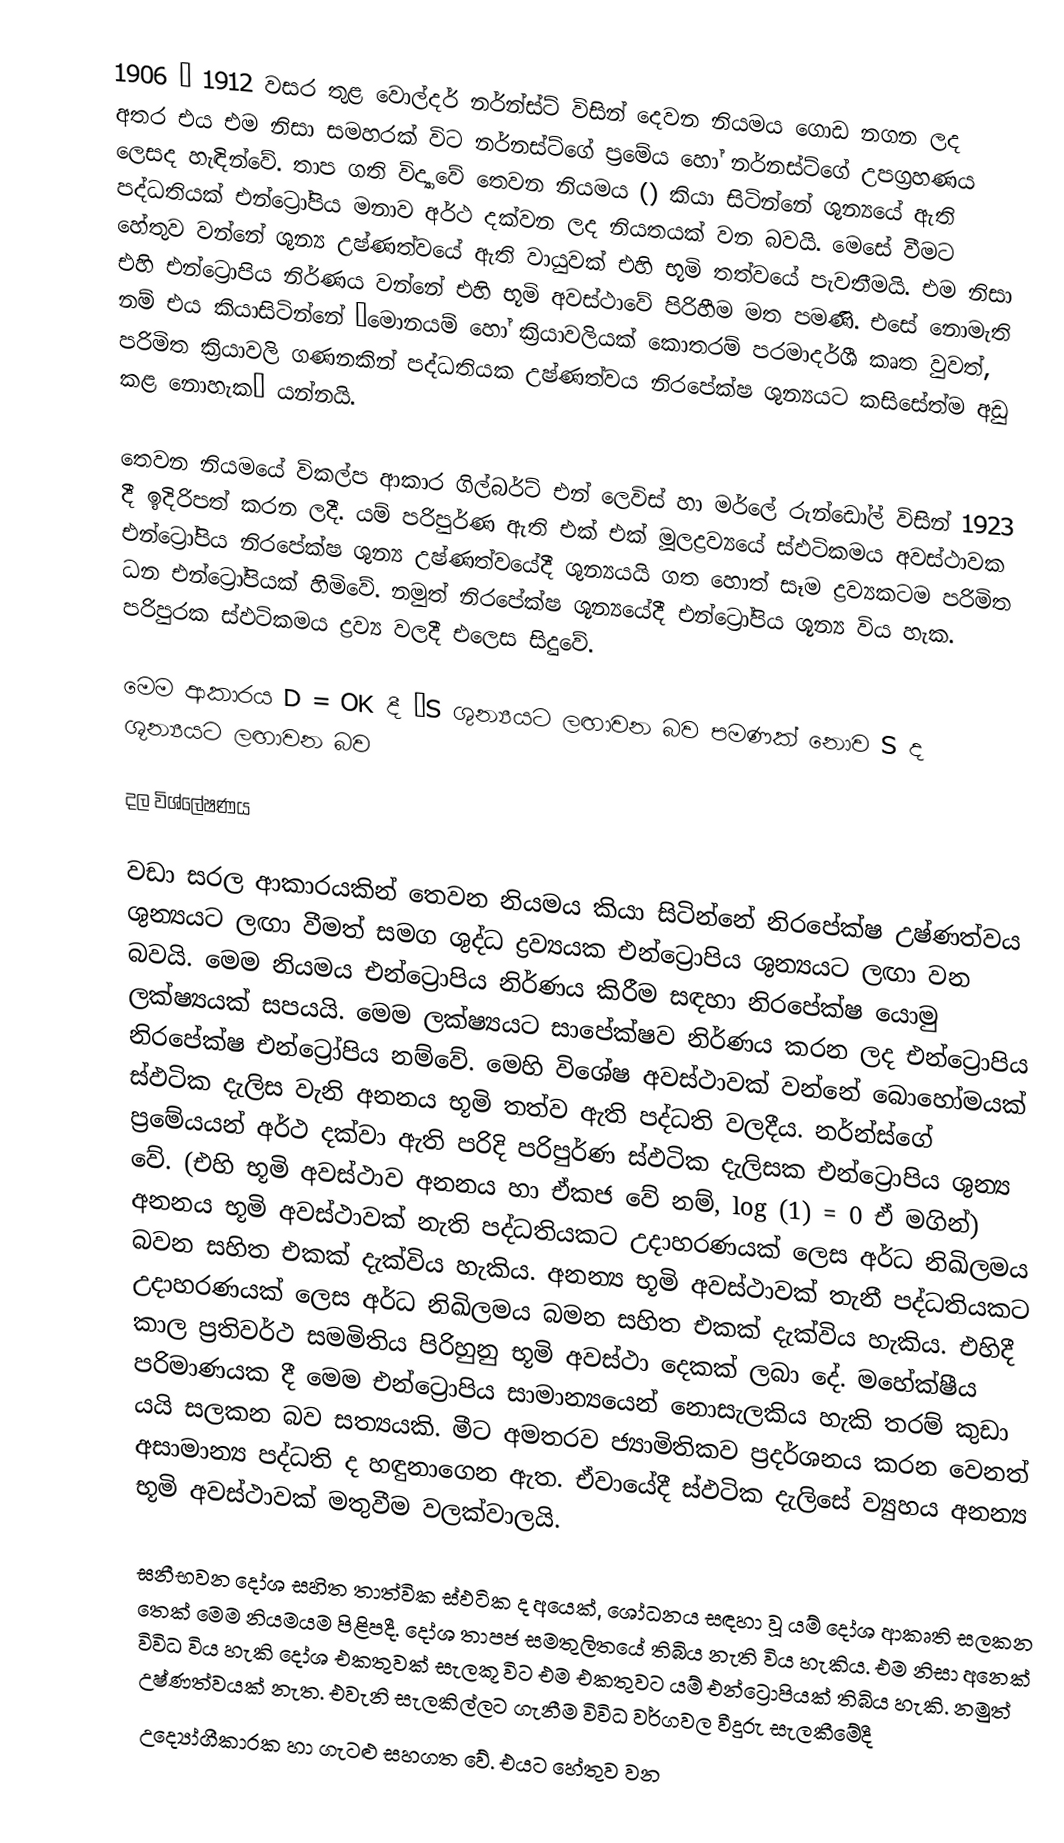
1906 – 1912 වසර තුළ වොල්දර් නර්න්ස්ට් විසින් දෙවන නියමය ගොඩ නගන ලද අතර එය එම නිසා සමහරක් විට නර්නස්ට්ගේ ප්‍රමේය හෝ නර්නස්ට්ගේ උපග්‍රහණය ලෙසද හැඳින්වේ. තාප ගති විද්‍යාවේ තෙවන නියමය () කියා සිටින්නේ ශුන්‍යයේ ඇති පද්ධතියක් එන්ට්‍රෝපිය මනාව අර්ථ දක්වන ලද නියතයක් වන බවයි. මෙසේ වීමට හේතුව වන්නේ ශුන්‍ය උෂ්ණත්වයේ ඇති වායුවක් එහි භූමි තත්වයේ පැවතීමයි. එම නිසා එහි එන්ට්‍රොපිය නිර්ණය වන්නේ එහි භූමි අවස්ථාවේ පිරිහීම මත පමණි. එසේ නොමැති නම් එය කියාසිටින්නේ ‘මොනයම් හෝ ක්‍රියාවලියක් කොතරම් පරමාදර්ශී කෘත වුවත්, පරිමිත ක්‍රියාවලි ගණනකින් පද්ධතියක උෂ්ණත්වය නිරපේක්ෂ ශුන්‍යයට කසිසේත්ම අඩු කළ නොහැක’ යන්නයි.

තෙවන නිය‍මයේ විකල්ප ආකාර ගිල්බර්ට් එන් ලෙවිස් හා මර්ලේ රුන්ඩෝල් විසින් 1923 දී ඉදිරිපත් කරන ලදී. යම් පරිපුර්ණ ඇති එක් එක් මූලද්‍රව්‍යයේ ස්ඵටිකමය අවස්ථාවක එන්ට්‍රෝපිය නිරපේක්ෂ ශුන්‍ය උෂ්ණත්වයේදී ශුන්‍යයයි ගත හොත් සෑම ද්‍රව්‍යකටම පරිමිත ධන එන්ට්‍රෝපියක් හිමිවේ. නමුත් නිරපේක්ෂ ශූන්‍යයේදී එන්ට්‍රෝපිය ශූන්‍ය විය හැක. පරිපුරක ස්ඵටිකමය ද්‍රව්‍ය වලදී එලෙස සිදුවේ.

මෙම ආකාරය D = OK දී ΔS ශුන්‍යයට ලඟාවන බව පමණක් නොව S ද ශූන්‍යයට ලඟාවන බව

දල විශ්ලේෂණය

වඩා සරල ආකාරයකින් තෙවන නියමය කියා සිටින්නේ නිරපේක්ෂ උෂ්ණත්වය ශුන්‍යයට ලඟා වීමත් සමග ශුද්ධ ද්‍රව්‍යයක එන්ට්‍රොපිය ශුන්‍යයට ලඟා වන බවයි. මෙම නියමය එන්ට්‍රොපිය නිර්ණය කිරීම සඳහා නිරපේක්ෂ යොමු ලක්ෂ්‍යයක් සපයයි. මෙම ලක්ෂ්‍යයට සාපේක්ෂව නිර්ණය කරන ලද එන්ට්‍රොපිය නිරපේක්ෂ එන්ට්‍රෝපිය නම්වේ. මෙහි විශේෂ අවස්ථාවක් වන්නේ බොහෝමයක් ස්ඵටික දැලිස වැනි අනනය භූමි තත්ව ඇති පද්ධති වලදීය. නර්න්ස්ගේ ප්‍රමේයයන් අර්ථ දක්වා ඇති පරිදි පරිපුර්ණ ස්ඵටික දැලිසක එන්ට්‍රොපිය ශුන්‍ය වේ. (එහි භූමි අවස්ථාව අනනය හා ඒකජ වේ නම්, log (1) = 0 ඒ මගින්) අනනය භූමි අවස්ථාවක් නැති පද්ධතියකට උදාහරණයක් ලෙස අර්ධ නිඛිලමය බවන සහිත එකක් දැක්විය හැකිය. අනන්‍ය භූමි අවස්ථාවක් තැනී පද්ධතියකට උදාහරණයක් ලෙස අර්ධ නිඛිලමය බමන සහිත එකක් දැක්විය හැකිය. එහිදී කාල ප්‍රතිවර්ථ සමමිතිය පිරිහුනු භූමි අවස්ථා දෙකක් ලබා දේ. මහේක්ෂීය පරිමාණයක දී මෙම එන්ට්‍රොපිය සාමාන්‍යයෙන් නොසැලකිය හැකි තරම් කුඩා යයි සලකන බව සත්‍යයකි. මීට අමතරව ජ්‍යාමිතිකව ප්‍රදර්ශනය කරන වෙනත් අසාමාන්‍ය පද්ධති ද හඳුනාගෙන ඇත. ඒවායේදී ස්ඵටික දැලිසේ ව්‍යුහය අනන්‍ය භූමි අවස්ථාවක් මතුවීම වලක්වාලයි.

ඝනීභවන දෝශ සහිත තාත්වික ස්ඵටික ද අයෙක්, ශෝධනය සඳහා වූ යම් දෝශ ආකෘති සලකන තෙක් මෙම නියමයම පිළිපදී. දෝශ තාපජ සමතුලිතයේ තිබිය නැති විය හැකිය. එම නිසා අනෙක් විවිධ විය හැකි දෝශ එකතුවක් සැලකූ විට එම එකතුවට යම් එන්ට්‍රොපියක් තිබිය හැකි. නමුත් උෂ්ණත්වයක් නැත. එවැනි සැලකිල්ලට ගැනීම විවිධ වර්ගවල වීදුරු සැලකීමේදී
උද්‍යෝගීකාරක හා ගැටළු සහගත වේ. එයට හේතුව වන